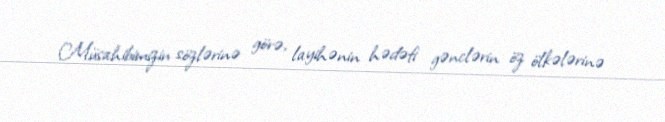
Müsahibimizin sözlərinə görə, layihənin hədəfi gənclərin öz ölkələrinə